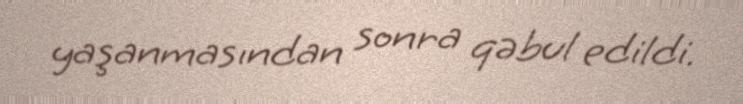
yaşanmasından sonra qəbul edildi.